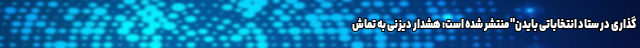
گذاری در ستاد انتخاباتی بایدن" منتشر شده است: هشدار دیزنی به تماش